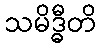
သမိဒ္ဓီတိ